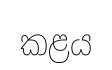
කළය